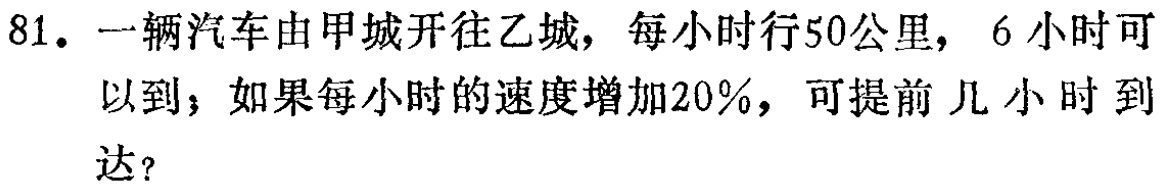
81. 一辆汽车由甲城开往乙城，每小时行50公里，6小时可以到；如果每小时的速度增加20%，可提前几小时到达？